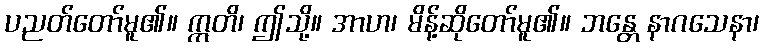
ပညတ်တော်မူ၏။ ဣတိ၊ ဤသို့။ အာဟ၊ မိန့်ဆိုတော်မူ၏။ ဘန္တေ နာဂသေနာ၊